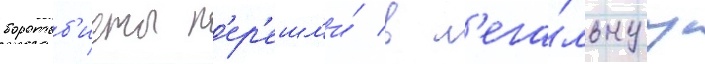
боротьб'исты п'ер'ешл'и́ в л'ега́льнуу